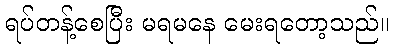
ရပ်တန့်စေပြီး မရမနေ မေးရတော့သည်။